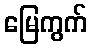
မြေကွက်